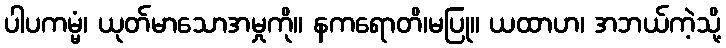
ပါပကမ္မံ၊ ယုတ်မာသောအမှုကို။ နကရောတိ၊မပြု။ ယထာဟ၊ အဘယ်ကဲ့သို့